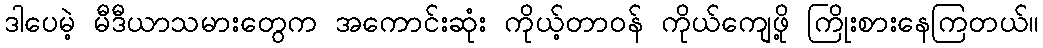
ဒါပေမဲ့ မီဒီယာသမားတွေက အကောင်းဆုံး ကိုယ့်တာဝန် ကိုယ်ကျေဖို့ ကြိုးစားနေကြတယ်။